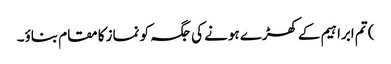
) تم ابراہیم کےکھڑے ہونے کی جگہ کو نماز کا مقام بناؤ۔